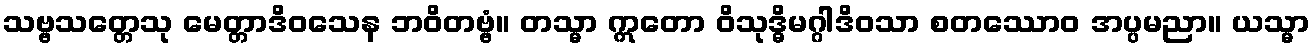
သဗ္ဗသတ္တေသု မေတ္တာဒိဝသေန ဘဝိတဗ္ဗံ။ တသ္မာ ဣတော ဝိသုဒ္ဓိမဂ္ဂါဒိဝသာ စတဿောဝ အပ္ပမညာ။ ယသ္မာ